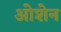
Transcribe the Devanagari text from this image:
ओशेन